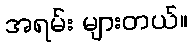
အရမ်း များတယ်။